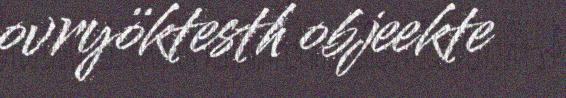
ovryöktesth objeekte